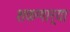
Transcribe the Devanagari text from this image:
शकणार्‍या